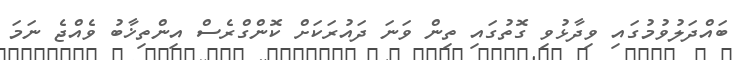
ބައްދަލުވުމުގައި ވިދާޅުވި ގޮތުގައި ތިން ވަނަ ދައުރަކަށް ކޮންގްރެސް އިންތިޚާބު ވެއްޖެ ނަމަ